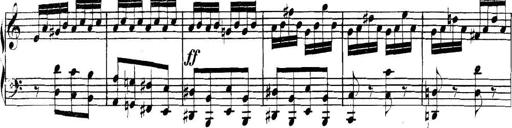
Title: Collected Piano Sonatas
Composer: Muzio Clementi